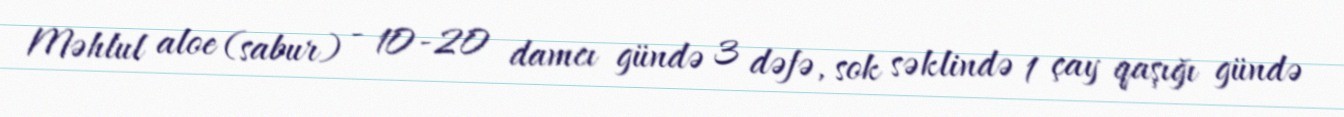
Məhlul aloe (sabur) - 10-20 damcı gündə 3 dəfə, sok səklində 1 çay qaşığı gündə